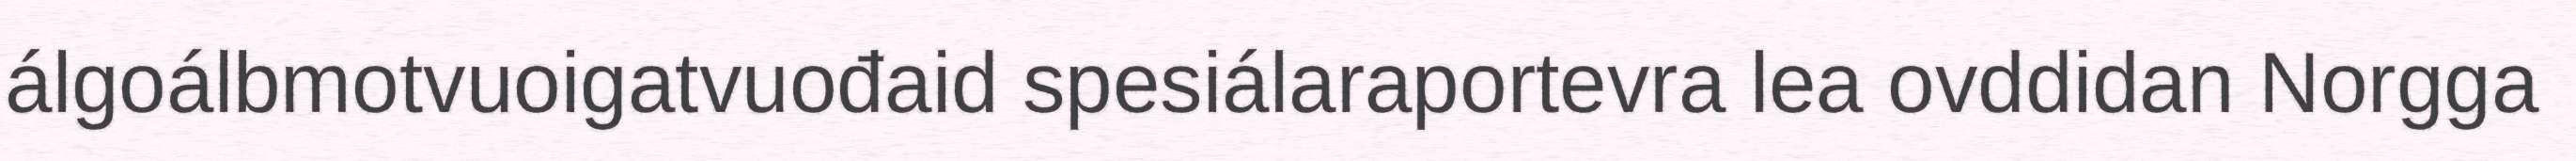
álgoálbmotvuoigatvuođaid spesiálaraportevra lea ovddidan Norgga